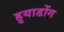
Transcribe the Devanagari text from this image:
हुयाडोंग